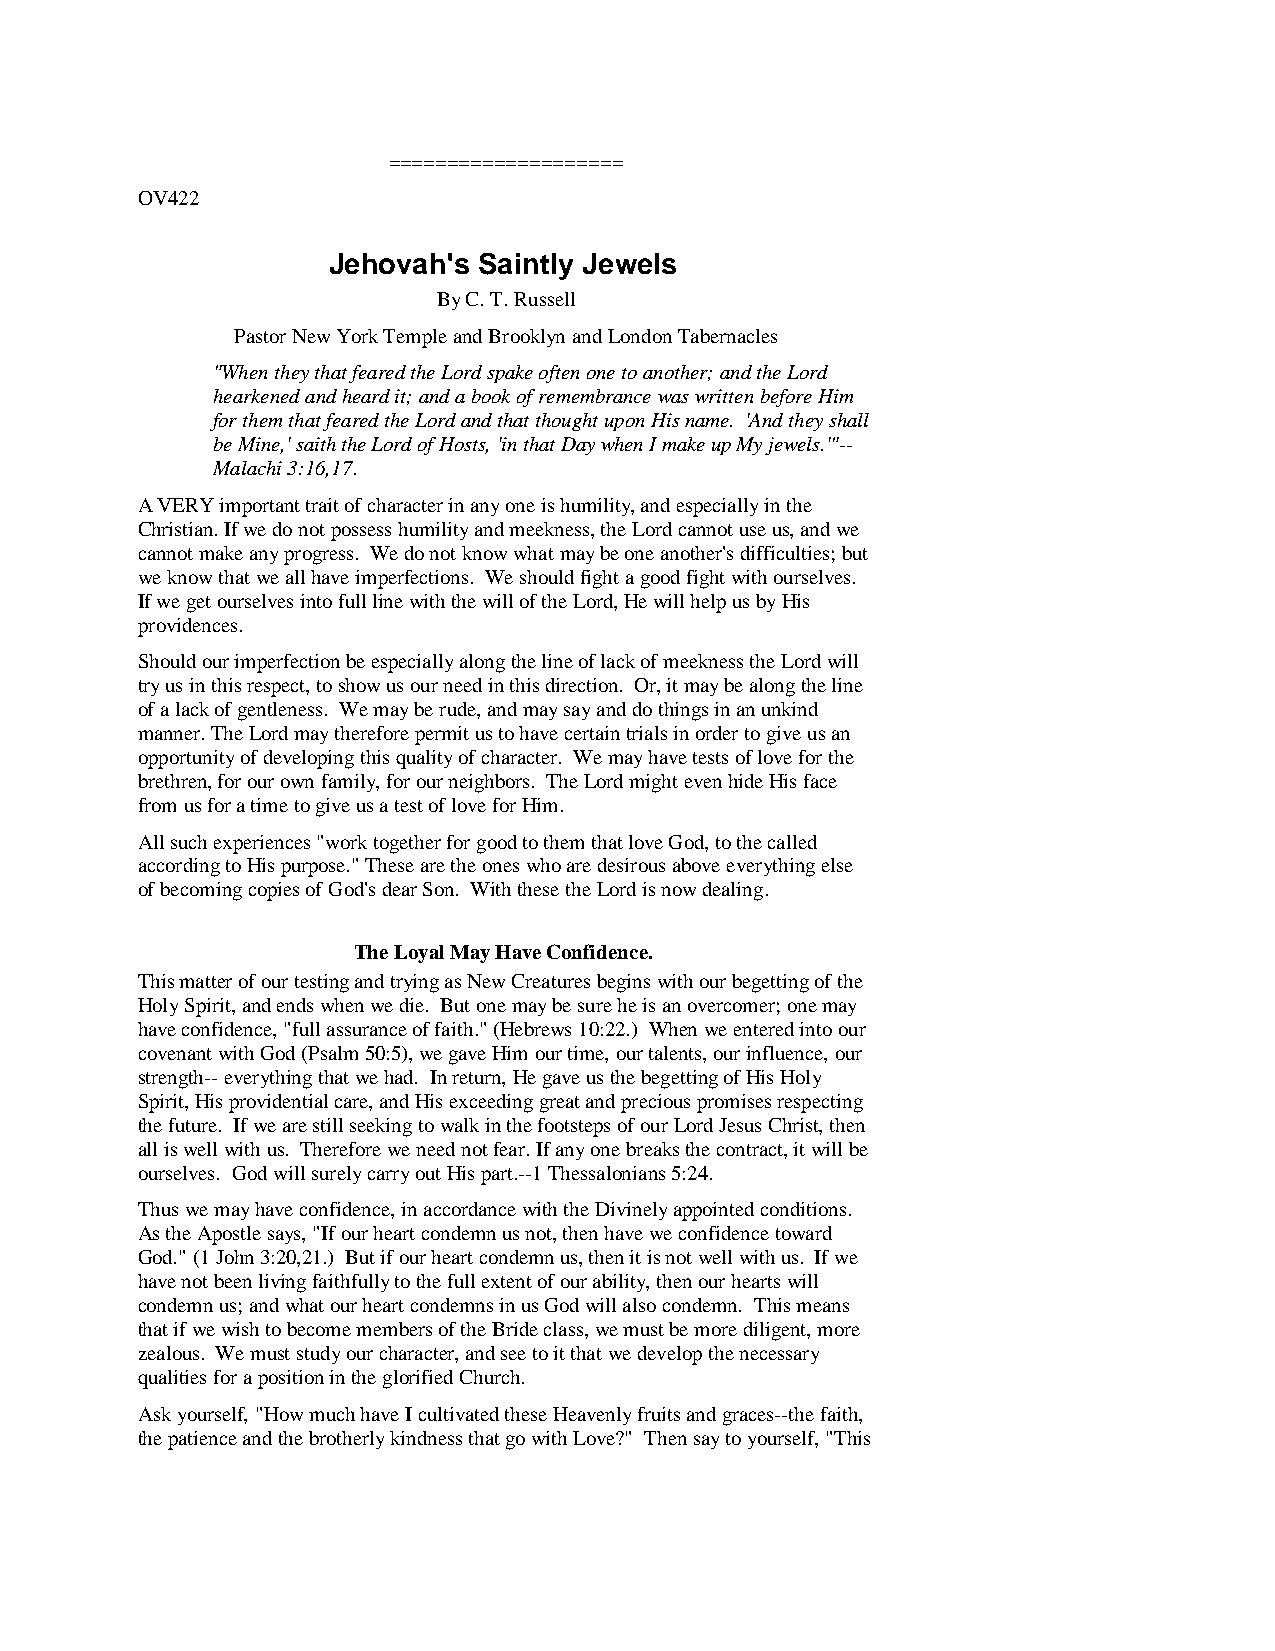
====================
 OV422
 Jehovah's Saintly Jewels
 By C. T. Russell
 Pastor New York Temple and Brooklyn and London Tabernacles
 "When they that feared the Lord spake often one to another; and the Lord
 hearkened and heard it; and a book of remembrance was written before Him
 for them that feared the Lord and that thought upon His name. 'And they shall
 be Mine,' saith the Lord of Hosts, 'in that Day when I make up My jewels.'"--
 Malachi 3:16,17.
 A VERY important trait of character in any one is humility, and especially in the
 Christian. If we do not possess humility and meekness, the Lord cannot use us, and we
 cannot make any progress. We do not know what may be one another's difficulties; but
 we know that we all have imperfections. We should fight a good fight with ourselves.
 If we get ourselves into full line with the will of the Lord, He will help us by His
 providences.
 Should our imperfection be especially along the line of lack of meekness the Lord will
 try us in this respect, to show us our need in this direction. Or, it may be along the line
 of a lack of gentleness. We may be rude, and may say and do things in an unkind
 manner. The Lord may therefore permit us to have certain trials in order to give us an
 opportunity of developing this quality of character. We may have tests of love for the
 brethren, for our own family, for our neighbors. The Lord might even hide His face
 from us for a time to give us a test of love for Him.
 All such experiences "work together for good to them that love God, to the called
 according to His purpose." These are the ones who are desirous above everything else
 of becoming copies of God's dear Son. With these the Lord is now dealing.
 The Loyal May Have Confidence.
 This matter of our testing and trying as New Creatures begins with our begetting of the
 Holy Spirit, and ends when we die. But one may be sure he is an overcomer; one may
 have confidence, "full assurance of faith." (Hebrews 10:22.) When we entered into our
 covenant with God (Psalm 50:5), we gave Him our time, our talents, our influence, our
 strength-- everything that we had. In return, He gave us the begetting of His Holy
 Spirit, His providential care, and His exceeding great and precious promises respecting
 the future. If we are still seeking to walk in the footsteps of our Lord Jesus Christ, then
 all is well with us. Therefore we need not fear. If any one breaks the contract, it will be
 ourselves. God will surely carry out His part.--1 Thessalonians 5:24.
 Thus we may have confidence, in accordance with the Divinely appointed conditions.
 As the Apostle says, "If our heart condemn us not, then have we confidence toward
 God." (1 John 3:20,21.) But if our heart condemn us, then it is not well with us. If we
 have not been living faithfully to the full extent of our ability, then our hearts will
 condemn us; and what our heart condemns in us God will also condemn. This means
 that if we wish to become members of the Bride class, we must be more diligent, more
 zealous. We must study our character, and see to it that we develop the necessary
 qualities for a position in the glorified Church.
 Ask yourself, "How much have I cultivated these Heavenly fruits and graces--the faith,
 the patience and the brotherly kindness that go with Love?" Then say to yourself, "This